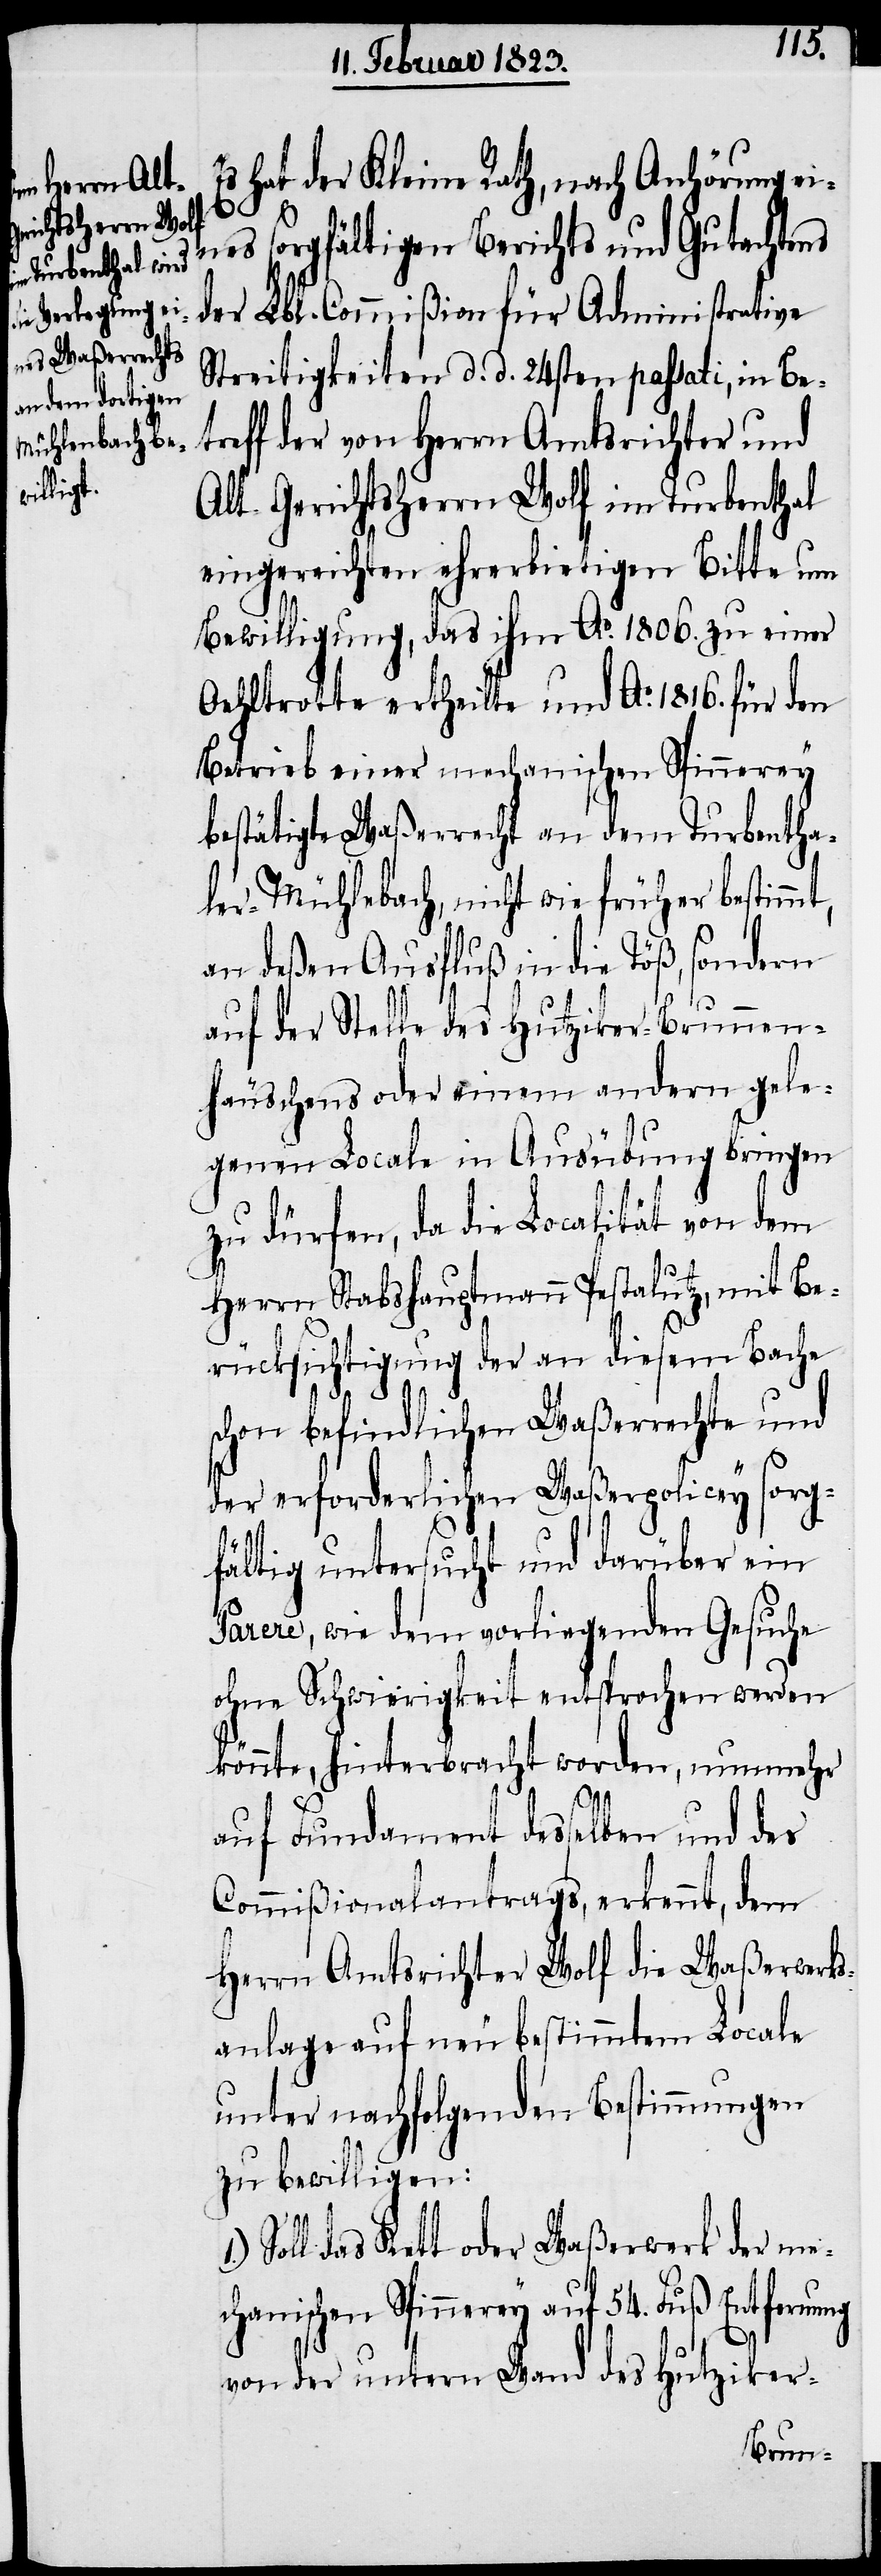
hat der Kleine Rath, nach Anhörung ei¬
nes sorgfältigen Berichts und Gutachtens
der Lbl. Commißion für Administrative
Streitigkeiten d. d. 24sten passati, in Be¬
treff der von Herrn Amtsrichter und
Alt-Gerichtsherrn Wolf im Turbenthal
eingereichten ehrerbietigen Bitte um
Bewilligung, das ihm Ao. 1806. zu einer
Oehltrotte ertheilte und Ao. 1816. für den
Betrieb einer mechanischen Spinnerey
bestätigte Waßerrecht an dem Turbentha¬
ler-Mühlebach, nicht wie früher bestimmt,
an deßen Ausfluß in die Töß, sondern
auf der Stelle des Hutziker-Brunnen¬
häuschens oder einem andern gele¬
genen Locale in Ausübung bringen
zu dürfen, da die Localität von dem
Herrn Stabshauptmann Pestalutz, mit Be¬
rücksichtigung der an diesem Bache
schon befindlichen Waßerrechte und
der erforderlichen Waßerpolicey sorg¬
fältig untersucht und darüber ein
Parere, wie dem vorliegenden Gesuche
ohne Schwierigkeit entsprochen werden
könnte, hinterbracht worden, nunmehr
auf Fundament desselben und des
Commißionalantrags, erkennt, dem
Herrn Amtsrichter Wolf die Waßerwerk¬
sanlage auf neu bestimmtem Locale
unter nachfolgenden Bestimmungen
zu bewilligen:
Soll das Kett oder Waßerwerk der me¬
chanischen Spinnerey auf 54. Fuß Entfernung
von der untern Wand des Hutziker-